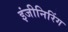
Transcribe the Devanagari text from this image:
इंजीनिरिंग